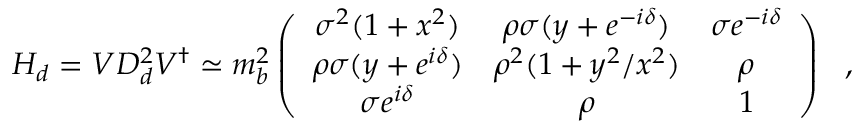
H _ { d } = V D _ { d } ^ { 2 } V ^ { \dagger } \simeq m _ { b } ^ { 2 } \left( \begin{array} { c c c } { { \sigma ^ { 2 } ( 1 + x ^ { 2 } ) } } & { { \rho \sigma ( y + e ^ { - i \delta } ) } } & { { \sigma e ^ { - i \delta } } } \\ { { \rho \sigma ( y + e ^ { i \delta } ) } } & { { \rho ^ { 2 } ( 1 + y ^ { 2 } / x ^ { 2 } ) } } & { { \rho } } \\ { { \sigma e ^ { i \delta } } } & { { \rho } } & { { 1 } } \end{array} \right) \ \ ,